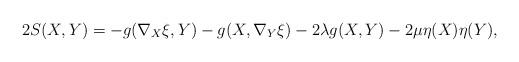
LaTeX: \begin{align*}2S(X,Y)=-g(\nabla_X\xi,Y)-g(X,\nabla_Y\xi)-2\lambda g(X,Y)-2\mu\eta(X)\eta(Y),\end{align*}